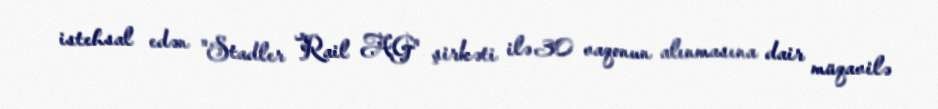
istehsal edən "Stadler Rail AG" şirkəti ilə 30 vaqonun alınmasına dair müqavilə